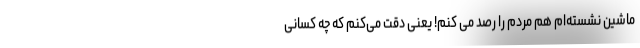
ماشین نشسته‌ام هم مردم را رصد می کنم! یعنی دقت می‌کنم که چه کسانی